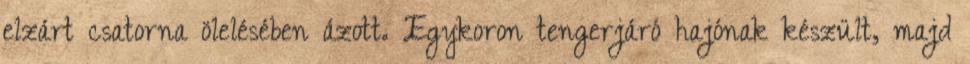
elzárt csatorna ölelésében ázott. Egykoron tengerjáró hajónak készült, majd